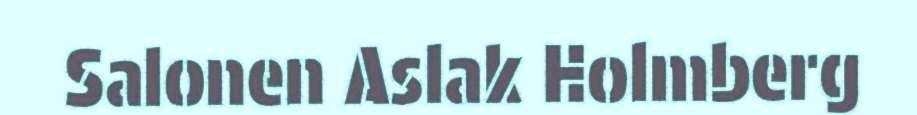
Salonen Aslak Holmberg